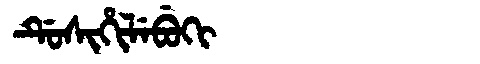
Manchu: ᡩᡠᠰᡳᡥᡳᠯᡝᠪᡠᡴᡳ
Romanization: DUSIHILEBUKI